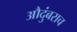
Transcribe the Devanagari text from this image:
औदुंबराच